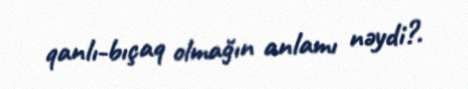
qanlı-bıçaq olmağın anlamı nəydi?.